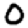
Digit: 0